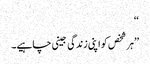
‘‘
’’ہر شخص کو اپنی زندگی جینی چاہیے۔